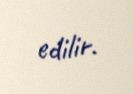
edilir.